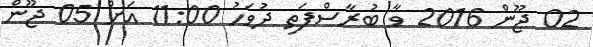
02 ޖޫން 2016 ވާ ބުރާސްފަތި ދުވަހު 11:00 އަށް 05 ޖޫން